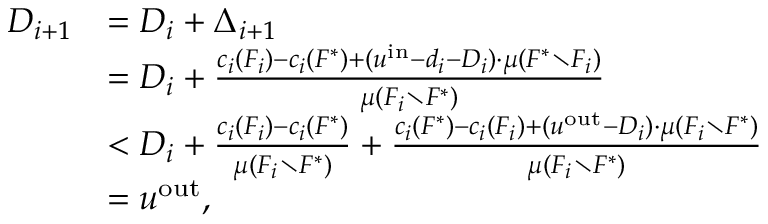
\begin{array} { r l } { D _ { i + 1 } } & { = D _ { i } + \Delta _ { i + 1 } } \\ { } & { = D _ { i } + \frac { c _ { i } ( F _ { i } ) - c _ { i } ( F ^ { * } ) + ( u ^ { \mathrm { i n } } - d _ { i } - D _ { i } ) \cdot \mu ( F ^ { * } \setminus F _ { i } ) } { \mu ( F _ { i } \setminus F ^ { * } ) } } \\ { } & { < D _ { i } + \frac { c _ { i } ( F _ { i } ) - c _ { i } ( F ^ { * } ) } { \mu ( F _ { i } \setminus F ^ { * } ) } + \frac { c _ { i } ( F ^ { * } ) - c _ { i } ( F _ { i } ) + ( u ^ { \mathrm { o u t } } - D _ { i } ) \cdot \mu ( F _ { i } \setminus F ^ { * } ) } { \mu ( F _ { i } \setminus F ^ { * } ) } } \\ { } & { = u ^ { \mathrm { o u t } } , } \end{array}